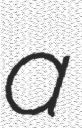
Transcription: a